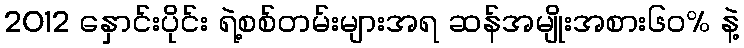
2012 နှောင်းပိုင်း ရဲ့စစ်တမ်းများအရ ဆန်အမျိုးအစား၆၀% နဲ့